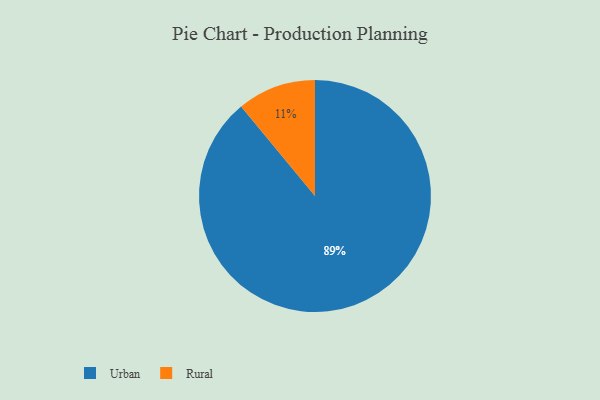
{"axis": {"x": "Category", "y": "Percentage"}, "legend": ["Rural", "Urban"], "data": [{"x": "Rural", "y": 11, "type": "Rural"}, {"x": "Urban", "y": 89, "type": "Urban"}]}